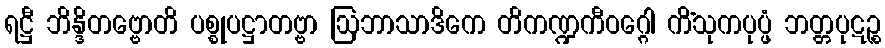
ရဋ္ဌီ ဘိန္ဒိတဗ္ဗောတိ ပစ္စုပဋ္ဌာတဗ္ဗာ ဩဘာသာဒိကေ တိကဏ္ဍကီဝဂ္ဂေါ ကိံသုကပုပ္ဖံ ဘတ္တပုဋဉ္စ